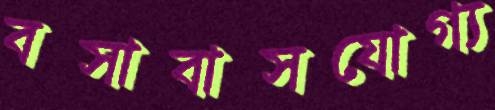
বসাবাসযোগ্য